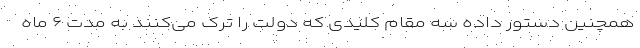
همچنین دستور داده سه مقام کلیدی که دولت را ترک می‌کنند به مدت ۶ ماه